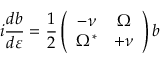
i \frac { d b } { d \varepsilon } = \frac { 1 } { 2 } \left( \begin{array} { c c } { - \nu } & { \Omega } \\ { \Omega ^ { \ast } } & { + \nu } \end{array} \right) b